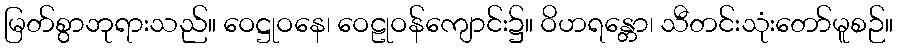
မြတ်စွာဘုရားသည်။ ဝေဋ္ဌုဝနေ၊ ဝေဠုဝန်ကျောင်း၌။ ဝိဟရန္တော၊ သီတင်းသုံးတော်မူစဉ်။